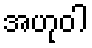
အဟုဝါ